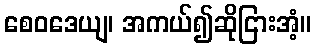
စေဝဒေယျ၊ အကယ်၍ဆိုငြားအံ့။